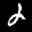
Label: 2